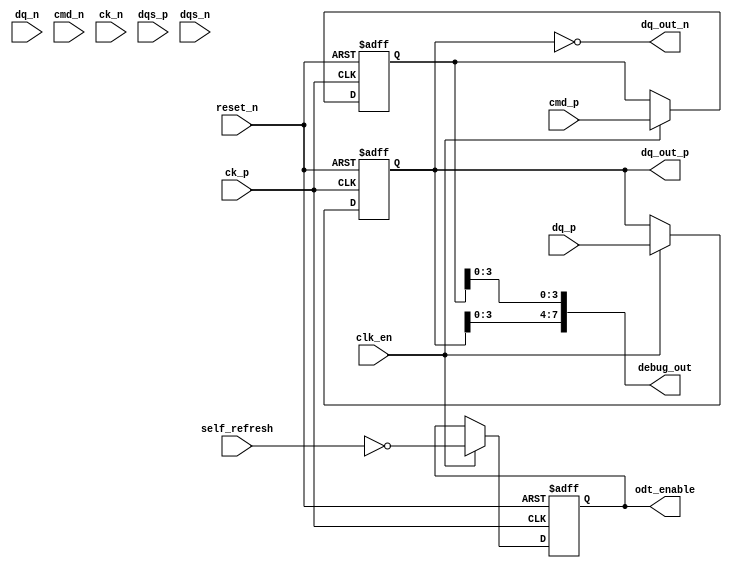
module lpddr5_io_block (
    // Differential Data Signals
    input  wire [DQ_WIDTH-1:0] dq_p,     // Positive data signals
    input  wire [DQ_WIDTH-1:0] dq_n,     // Negative data signals
    output wire [DQ_WIDTH-1:0] dq_out_p, // Output positive data signals
    output wire [DQ_WIDTH-1:0] dq_out_n, // Output negative data signals

    // Command/Address Signals
    input  wire [CMD_WIDTH-1:0] cmd_p,   // Positive command signals
    input  wire [CMD_WIDTH-1:0] cmd_n,   // Negative command signals

    // Clock Signals
    input  wire ck_p,                     // Positive clock signal
    input  wire ck_n,                     // Negative clock signal

    // Data Strobe Signals
    input  wire dqs_p,                    // Positive DQS signal
    input  wire dqs_n,                    // Negative DQS signal

    // Control Signals
    input  wire clk_en,                   // Clock enable signal
    input  wire reset_n,                  // Active low reset signal

    // Power Management Signals
    input  wire self_refresh,              // Self-refresh mode
    output wire odt_enable,                // On-die termination enable signal

    // Debug Signals
    output wire [DEBUG_WIDTH-1:0] debug_out // Debug output signals
);
    // Parameters
    parameter DQ_WIDTH = 16;              // Number of data bits
    parameter CMD_WIDTH = 8;               // Number of command/address bits
    parameter DEBUG_WIDTH = 8;             // Number of debug signals

    // Internal Signals
    reg [DQ_WIDTH-1:0] dq_reg;            // Register for data signals
    reg [CMD_WIDTH-1:0] cmd_reg;          // Register for command signals
    reg odt_enable_reg;                    // Register for ODT enable

    // Differential Signaling Logic
    always @(posedge ck_p or negedge reset_n) begin
        if (!reset_n) begin
            dq_reg <= 0;
            cmd_reg <= 0;
            odt_enable_reg <= 0;
        end else if (clk_en) begin
            // Capture data on both edges of the clock
            dq_reg <= dq_p;  // Example: capturing positive data
            cmd_reg <= cmd_p; // Example: capturing command
            odt_enable_reg <= !self_refresh; // ODT enabled when not in self-refresh
        end
    end

    // Output assignments
    assign dq_out_p = dq_reg; // Drive output data
    assign dq_out_n = ~dq_reg; // Invert for differential signaling
    assign odt_enable = odt_enable_reg; // Assign ODT enable signal

    // Debug output assignment
    assign debug_out = {dq_reg[3:0], cmd_reg[3:0]}; // Example debug output

    // Additional features (equalization, impedance matching, etc.) can be added here

endmodule